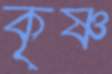
কৃষ্ণ